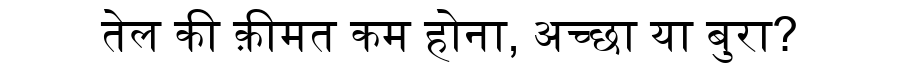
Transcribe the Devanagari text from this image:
तेल की क़ीमत कम होना, अच्छा या बुरा?